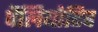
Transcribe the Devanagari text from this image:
पैलियोटिव